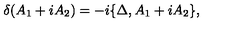
\delta ( A _ { 1 } + i A _ { 2 } ) = - i \{ \Delta , A _ { 1 } + i A _ { 2 } \} ,